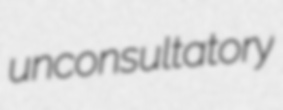
unconsultatory